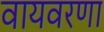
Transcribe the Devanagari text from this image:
वायवरणा